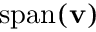
\operatorname { s p a n } ( \mathbf { v } )